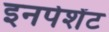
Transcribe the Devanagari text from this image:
इनपेशेंट